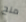
منح